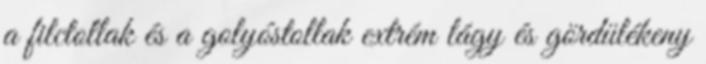
a filctollak és a golyóstollak extrém lágy és gördülékeny